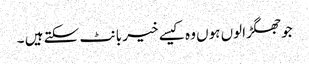
جوجھگڑالوں ہوں وہ کیسے خیر بانٹ سکتے ہیں ۔